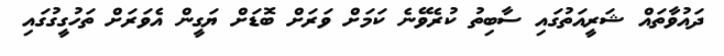
ދައުވާތައް ޝަރީއަތުގައި ސާބިތު ކުރެވޭނެ ކަމަށް ވަރަށް ބޮޑަށް ޔަގީން އެވަރަށް ތަހުގީގުގައި